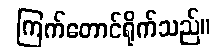
ကြက်တောင်ရိုက်သည်။